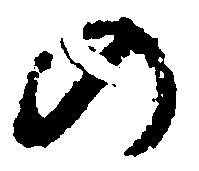
の